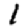
Digit: 1